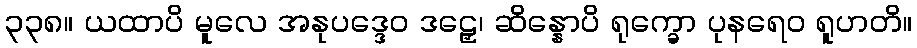
၃၃၈။ ယထာပိ မူလေ အနုပဒ္ဒေဝ ဒဠှေ၊ ဆိန္နောပိ ရုက္ခော ပုနရေဝ ရူဟတိ။